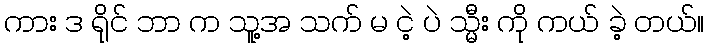
ကား ဒ ရိုင် ဘာ က သူ့အ သက် မ ငဲ့ ပဲ သ္မီး ကို ကယ် ခဲ့ တယ်။